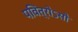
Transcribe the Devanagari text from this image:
पवित्रोऽसौ